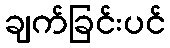
ချက်ခြင်းပင်